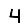
Digit: 4